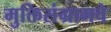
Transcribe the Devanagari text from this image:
मुक्तिसंग्रामचे